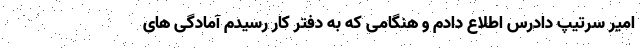
امیر سرتیپ دادرس اطلاع دادم و هنگامی که به دفتر کار رسیدم آمادگی های